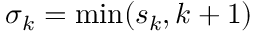
\sigma _ { k } = \operatorname* { m i n } ( s _ { k } , k + 1 )